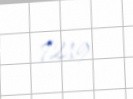
7219